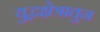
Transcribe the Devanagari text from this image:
युद्धक्षेत्रातुन